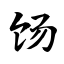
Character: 饧